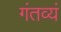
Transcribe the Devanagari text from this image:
गंतव्यं